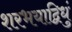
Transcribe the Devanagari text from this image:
शरभयाद्विधुं